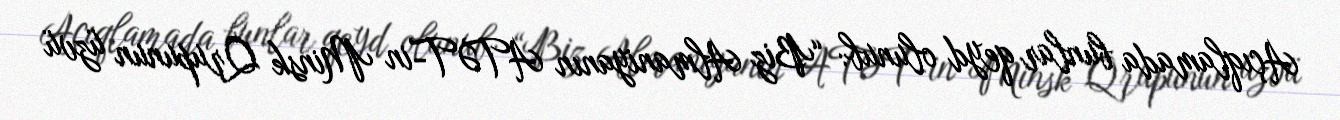
Açıqlamada bunlar qeyd olunub: “Biz Almaniyanın ATƏT-in Minsk Qrupunun üzvü